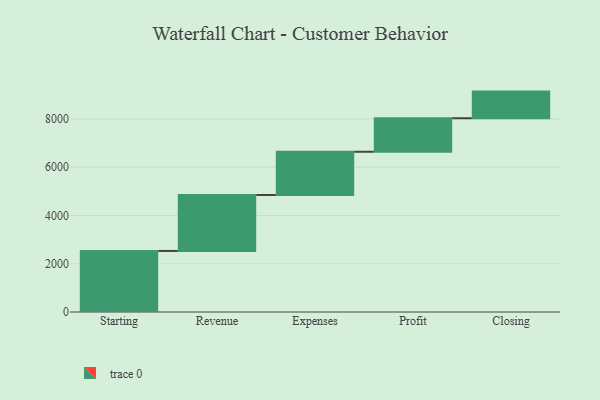
{"axis": {"x": "Step", "y": "Value"}, "legend": [""], "data": [{"x": "Starting", "y": 2531.0, "type": ""}, {"x": "Revenue", "y": 2320.0, "type": ""}, {"x": "Expenses", "y": 1792.0, "type": ""}, {"x": "Profit", "y": 1390.0, "type": ""}, {"x": "Closing", "y": 1104.0, "type": ""}]}